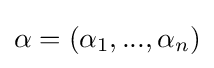
\alpha =(\alpha _{1},...,\alpha _{n})